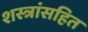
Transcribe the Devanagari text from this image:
शस्त्रांसहित